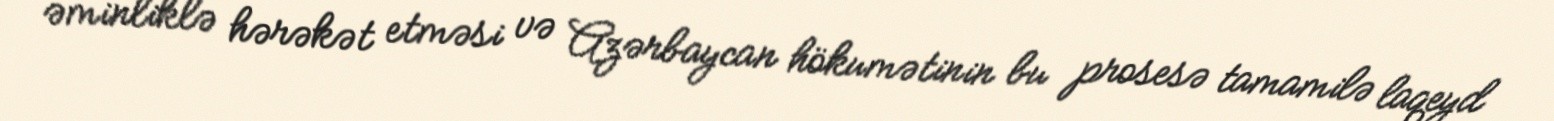
əminliklə hərəkət etməsi və Azərbaycan hökumətinin bu prosesə tamamilə laqeyd